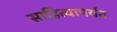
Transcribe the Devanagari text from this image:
साहित्यापर्यंत